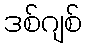
ဒစ်ဂျစ်